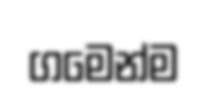
ගමෙන්ම